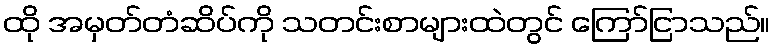
ထို အမှတ်တံဆိပ်ကို သတင်းစာများထဲတွင် ကြော်ငြာသည်။